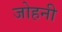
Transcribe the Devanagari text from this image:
जोहनी